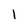
Character: 1